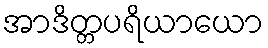
အာဒိတ္တပရိယာယော